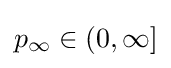
p_{\infty }\in (0,\infty ]